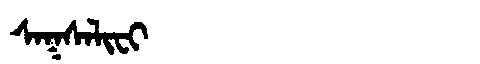
Manchu: ᠰᠠᡴᠰᠠᠯᡳᠸᡳ
Romanization: SAKSALIFI